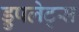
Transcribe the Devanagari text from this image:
ड्रुपलेट्स